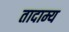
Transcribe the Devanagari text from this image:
तादाम्य